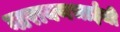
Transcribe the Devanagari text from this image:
नारायणभाईंची